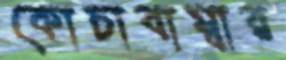
কোচাবাম্বার